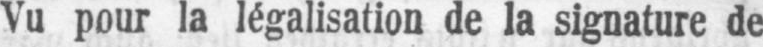
Vu pour la légalisation de la signature de